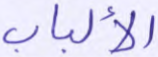
الألباب